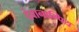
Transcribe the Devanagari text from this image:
देवानाम्पिय